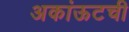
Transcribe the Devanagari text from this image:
अकांऊटची